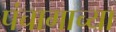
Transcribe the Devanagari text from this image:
पंचागाच्या